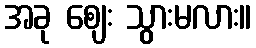
အခု ဈေး သွားမလား။